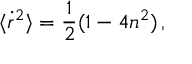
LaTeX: \langle { \dot { r } } ^ { 2 } \rangle = \frac { 1 } { 2 } ( 1 - 4 n ^ { 2 } ) \, ,